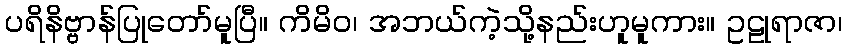
ပရိနိဗ္ဗာန်ပြုတော်မူပြီ။ ကိမိဝ၊ အဘယ်ကဲ့သို့နည်းဟူမူကား။ ဥဠုရာဇာ၊